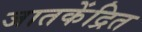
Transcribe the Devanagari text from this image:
जातकेंद्रित